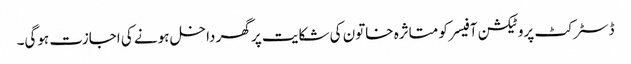
ڈسٹرکٹ پروٹیکشن آفیسر کو متاثرہ خاتون کی شکایت پر گھر داخل ہونے کی اجازت ہوگی۔